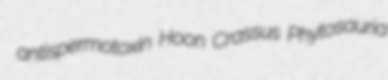
antispermotoxin Hoon Crassus Phytosauria